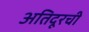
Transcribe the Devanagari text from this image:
अतिदूरची